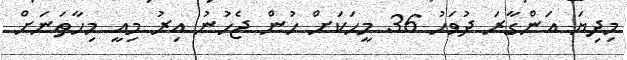
މިދިޔަ އަންގާރަ ދުވަހު 36 މީހަކަށް ހުން ޖެހުނު އިރު މިއީ މިހާތަނަށް